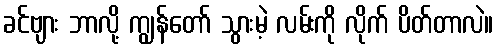
ခင်ဗျား ဘာလို့ ကျွန်တော် သွားမဲ့ လမ်းကို လိုက် ပိတ်တာလဲ။